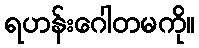
ရဟန်းဂေါတမကို။